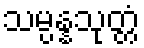
သမ္ပန္နသုတ္တံ